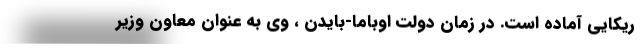
ریکایی آماده است. در زمان دولت اوباما-بایدن ، وی به عنوان معاون وزیر